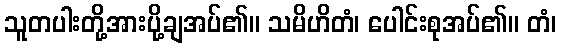
သူတပါးတို့အားပို့ချအပ်၏။ သမိဟိတံ၊ ပေါင်းစုအပ်၏။ တံ၊